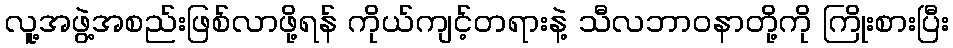
လူ့အဖွဲ့အစည်းဖြစ်လာဖို့ရန် ကိုယ်ကျင့်တရားနဲ့ သီလဘာဝနာတို့ကို ကြိုးစားပြီး